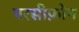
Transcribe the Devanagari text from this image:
परसीफ़ोन